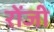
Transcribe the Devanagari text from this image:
रोंजी